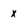
Character: x